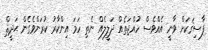
ފާސިޤަކަށް ވާނީ އެއްވެސް ހުއްޖަތެއް ދަލީލެއް ނެތި ހަމަ އިންކާރު ކުރަންވެގެން ޙަދީޘް